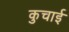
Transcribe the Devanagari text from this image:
कुचार्इ